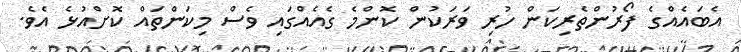
އެބައެއްގެ ފޯރުންތެރިކަން ހުރި ވަރަކުން ކޮންމެ ގެއެއްގައި ވެސް މިކަންތައް ކޮށްއުޅެ އެވެ.